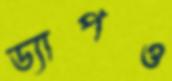
ড্যাপও